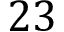
2 3